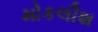
મોકલીશ